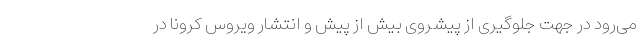
می‌رود در جهت جلوگیری از پیشروی بیش از پیش و انتشار ویروس کرونا در